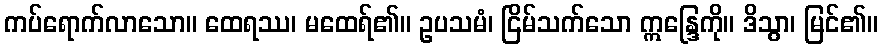
ကပ်ရောက်လာသော။ ထေရဿ၊ မထေရ်၏။ ဥပသမံ၊ ငြိမ်သက်သော ဣန္ဒြေကို။ ဒိသွာ၊ မြင်၏။